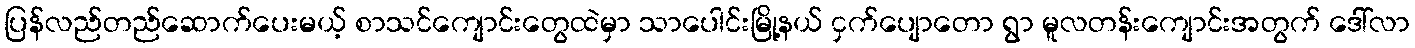
ပြန်လည်တည်ဆောက်ပေးမယ့် စာသင်ကျောင်းတွေထဲမှာ သာပေါင်းမြို့နယ် ငှက်ပျောတော ရွာ မူလတန်းကျောင်းအတွက် ဒေါ်လာ